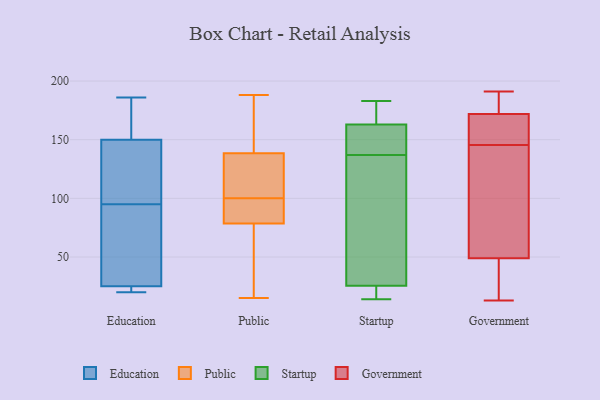
{"axis": {"x": "Temperature (°C)", "y": "Value"}, "legend": ["Education", "Government", "Public", "Startup"], "data": [{"x": "", "y": 186, "type": "Education"}, {"x": "", "y": 133, "type": "Education"}, {"x": "", "y": 21, "type": "Education"}, {"x": "", "y": 155, "type": "Education"}, {"x": "", "y": 150, "type": "Education"}, {"x": "", "y": 26, "type": "Education"}, {"x": "", "y": 129, "type": "Education"}, {"x": "", "y": 162, "type": "Education"}, {"x": "", "y": 25, "type": "Education"}, {"x": "", "y": 97, "type": "Education"}, {"x": "", "y": 20, "type": "Education"}, {"x": "", "y": 47, "type": "Education"}, {"x": "", "y": 93, "type": "Education"}, {"x": "", "y": 20, "type": "Education"}, {"x": "", "y": 100, "type": "Public"}, {"x": "", "y": 15, "type": "Public"}, {"x": "", "y": 157, "type": "Public"}, {"x": "", "y": 81, "type": "Public"}, {"x": "", "y": 76, "type": "Public"}, {"x": "", "y": 176, "type": "Public"}, {"x": "", "y": 98, "type": "Public"}, {"x": "", "y": 70, "type": "Public"}, {"x": "", "y": 100, "type": "Public"}, {"x": "", "y": 120, "type": "Public"}, {"x": "", "y": 188, "type": "Public"}, {"x": "", "y": 110, "type": "Public"}, {"x": "", "y": 183, "type": "Startup"}, {"x": "", "y": 24, "type": "Startup"}, {"x": "", "y": 16, "type": "Startup"}, {"x": "", "y": 27, "type": "Startup"}, {"x": "", "y": 153, "type": "Startup"}, {"x": "", "y": 136, "type": "Startup"}, {"x": "", "y": 138, "type": "Startup"}, {"x": "", "y": 28, "type": "Startup"}, {"x": "", "y": 149, "type": "Startup"}, {"x": "", "y": 45, "type": "Startup"}, {"x": "", "y": 170, "type": "Startup"}, {"x": "", "y": 171, "type": "Startup"}, {"x": "", "y": 14, "type": "Startup"}, {"x": "", "y": 17, "type": "Startup"}, {"x": "", "y": 161, "type": "Startup"}, {"x": "", "y": 165, "type": "Startup"}, {"x": "", "y": 172, "type": "Government"}, {"x": "", "y": 96, "type": "Government"}, {"x": "", "y": 191, "type": "Government"}, {"x": "", "y": 49, "type": "Government"}, {"x": "", "y": 190, "type": "Government"}, {"x": "", "y": 147, "type": "Government"}, {"x": "", "y": 13, "type": "Government"}, {"x": "", "y": 38, "type": "Government"}, {"x": "", "y": 144, "type": "Government"}, {"x": "", "y": 158, "type": "Government"}]}